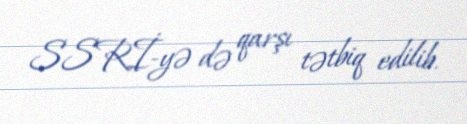
SSRİ-yə də qarşı tətbiq edilib.